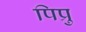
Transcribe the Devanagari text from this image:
पिप्रु